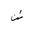
Letter: _dad